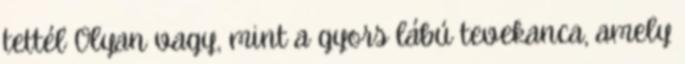
tettél Olyan vagy, mint a gyors lábú tevekanca, amely